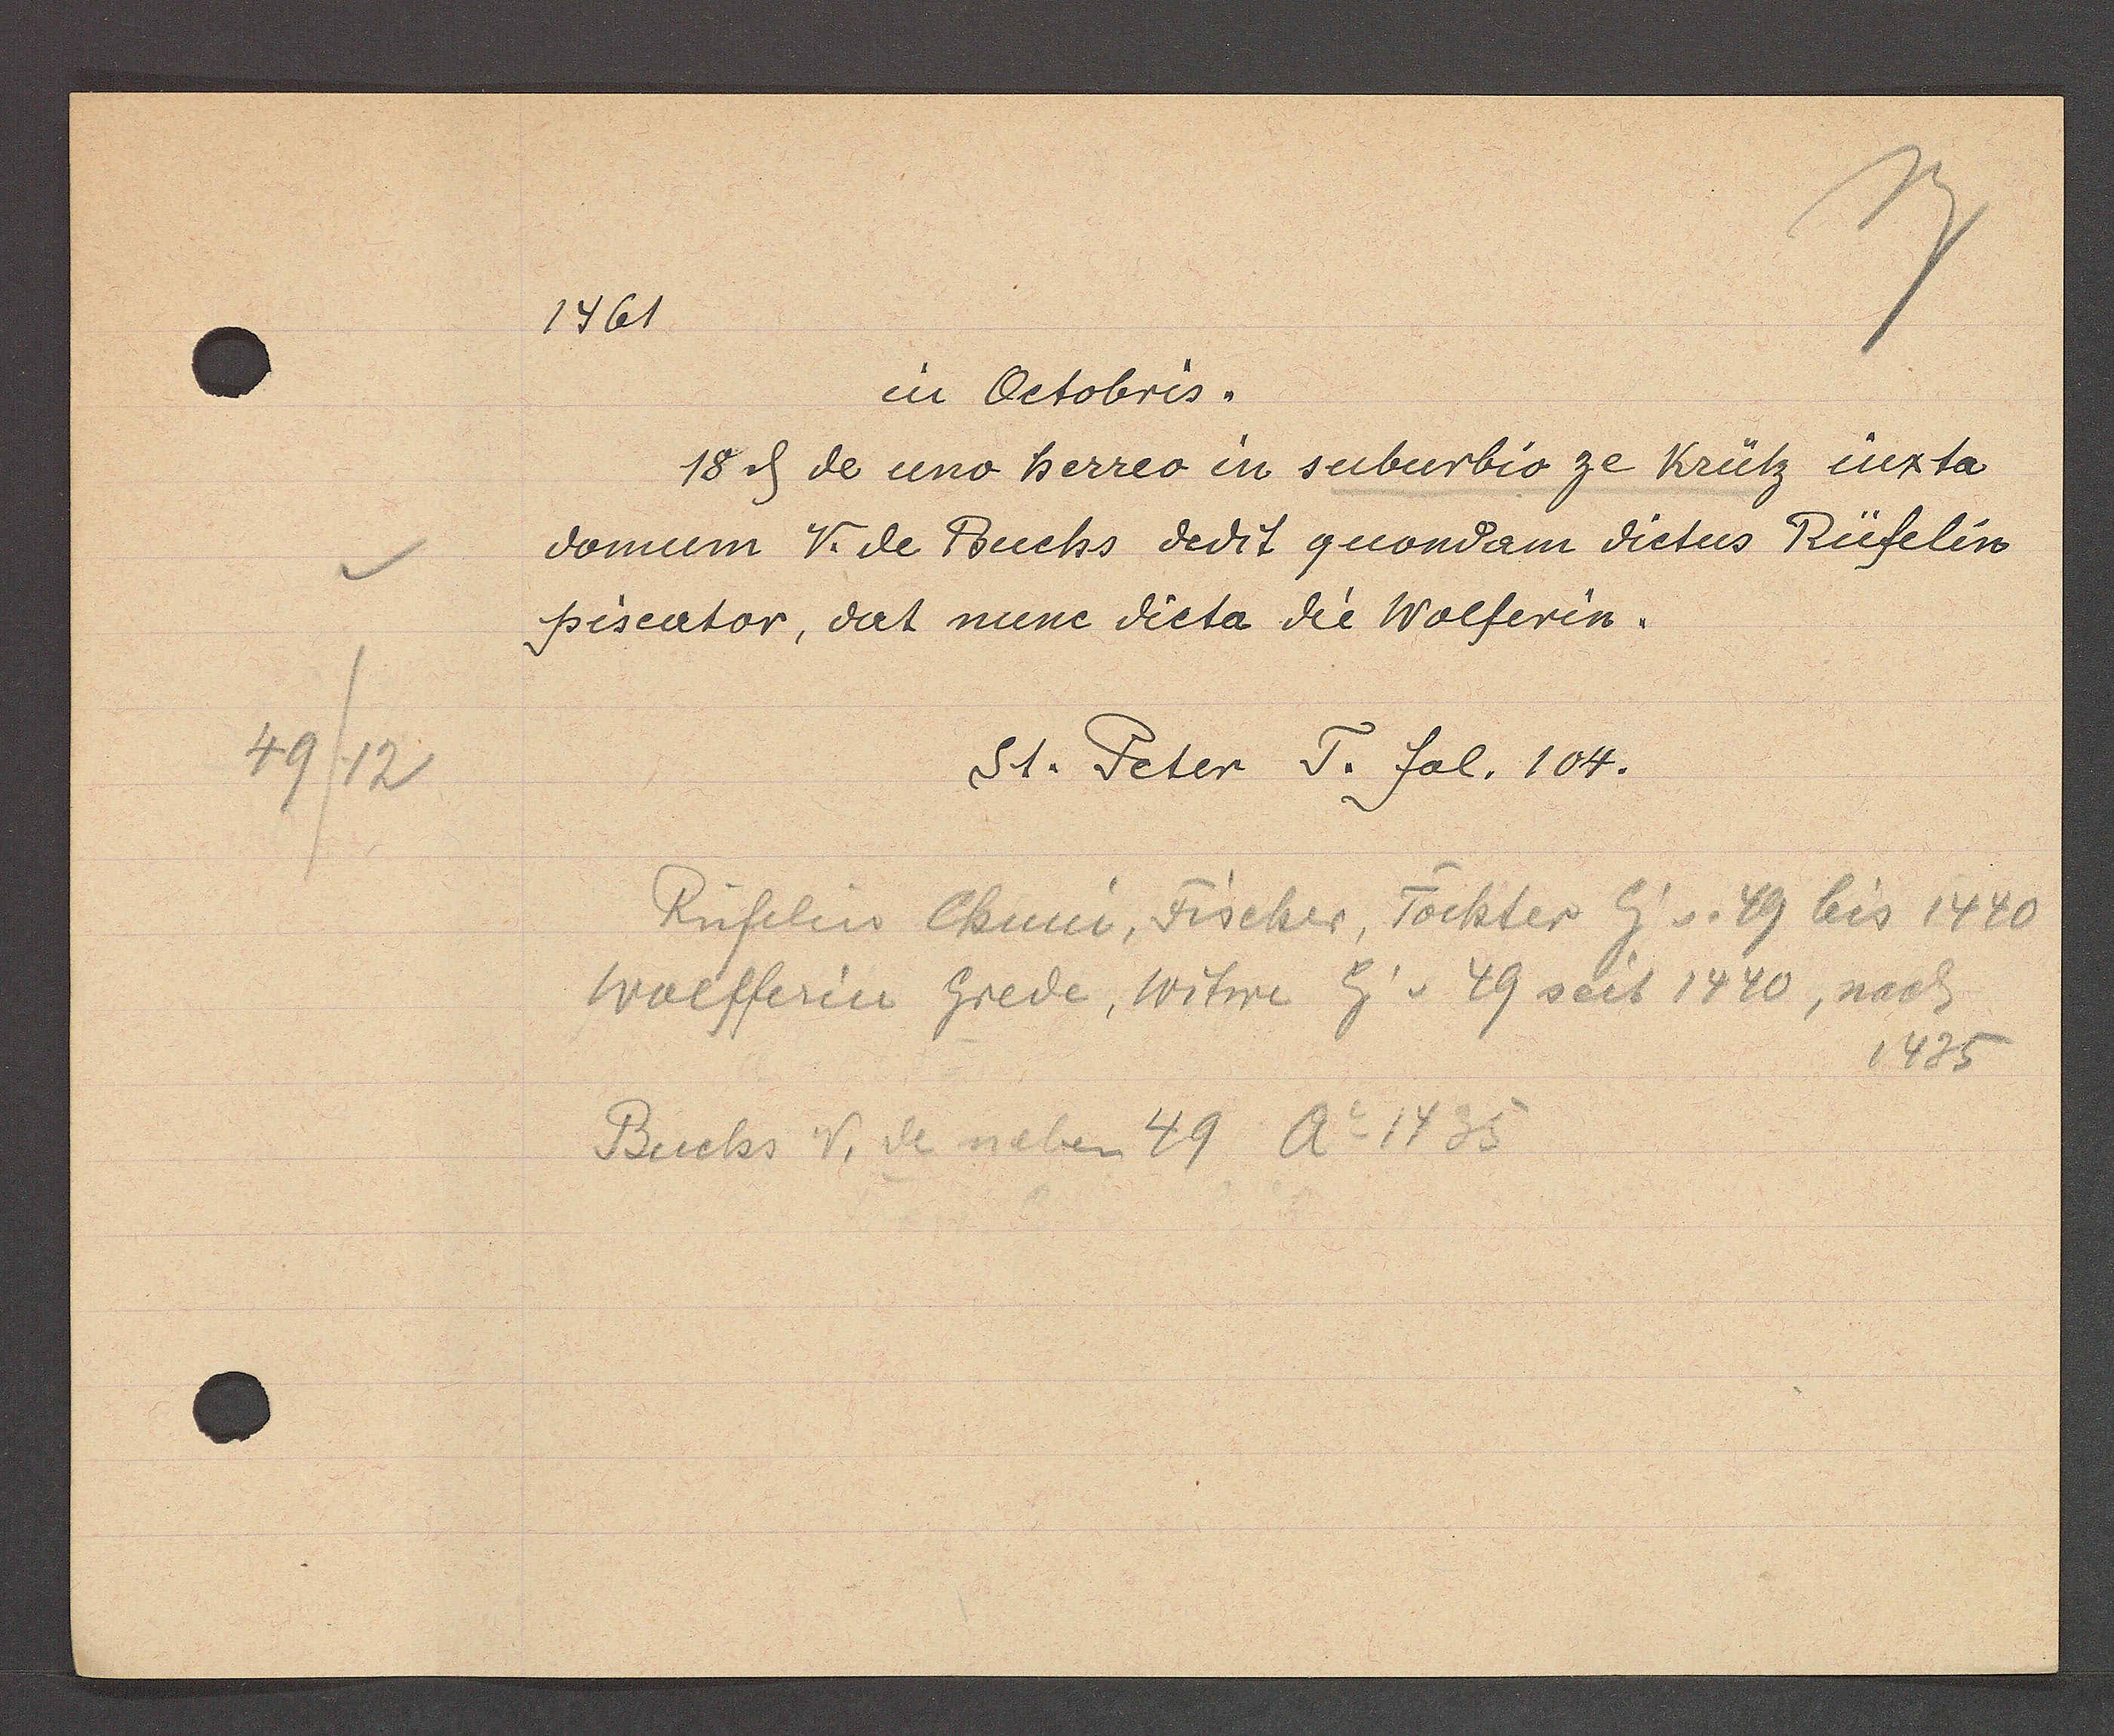
Transcript:
49/12

1461

domum V. de Buchs dedit quondam dictus Rüfelin
piseator, dat nune dicta die Wolferin.
18 ȡ de uno berreo in suburbio ze Krütz iux ta
in Octobris.

St. Peter T. fol. 104.

Wolfferin Grede, Witwe Eig v. 49 seit 1440, nach
Buchs V, de neben 49 Ao 1435
Rüfelin Chuni, Fischer, Tochter Eig. v. 49 bis 1440
1435